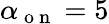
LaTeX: \alpha_{\mathrm{~o~n~}}=5